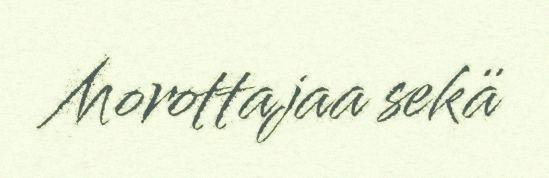
Morottajaa sekä